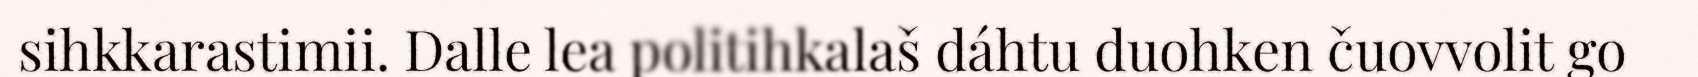
sihkkarastimii. Dalle lea politihkalaš dáhtu duohken čuovvolit go